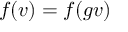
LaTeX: f ( v ) = f ( g v )